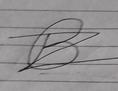
Signature authenticity: forged